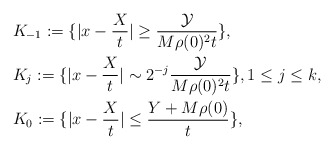
\begin{align*}&K_{-1} := \{ |x - \frac{X}{t}| \geq \frac{ \mathcal{Y} }{M\rho (0)^2 t} \}, \\&K_j := \{ |x - \frac{X}{t}| \sim 2^{-j} \frac{ \mathcal{Y} }{M\rho (0)^2 t} \}, 1\leq j \leq k , \\&K_{0} := \{ |x - \frac{X}{t}| \leq \frac{Y + M\rho (0) }{t} \},\end{align*}